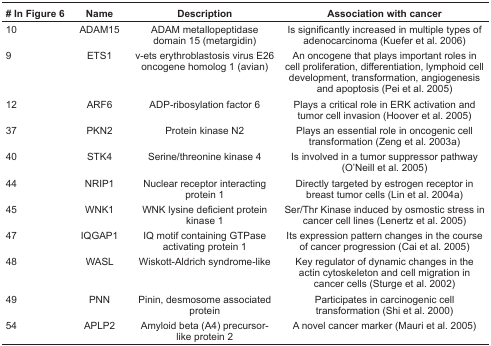
<table><thead><tr><td><b># In Figure 6</b></td><td><b>Name</b></td><td><b>Description</b></td><td><b>Association with cancer</b></td></tr></thead><tbody><tr><td>10</td><td>ADAM15</td><td>ADAM metallopeptidase domain 15 (metargidin)</td><td>Is significantly increased in multiple types of adenocarcinoma (Kuefer et al. 2006)</td></tr><tr><td>9</td><td>ETS1</td><td>v-ets erythroblastosis virus E26 oncogene homolog 1 (avian)</td><td>An oncogene that plays important roles in cell proliferation, differentiation, lymphoid cell development, transformation, angiogenesis and apoptosis (Pei et al. 2005)</td></tr><tr><td>12</td><td>ARF6</td><td>ADP-ribosylation factor 6</td><td>Plays a critical role in ERK activation and tumor cell invasion (Hoover et al. 2005)</td></tr><tr><td>37</td><td>PKN2</td><td>Protein kinase N2</td><td>Plays an essential role in oncogenic cell transformation (Zeng et al. 2003a)</td></tr><tr><td>40</td><td>STK4</td><td>Serine/threonine kinase 4</td><td>Is involved in a tumor suppressor pathway (O’Neill et al. 2005)</td></tr><tr><td>44</td><td>NRIP1</td><td>Nuclear receptor interacting protein 1</td><td>Directly targeted by estrogen receptor in breast tumor cells (Lin et al. 2004a)</td></tr><tr><td>45</td><td>WNK1</td><td>WNK lysine deficient protein kinase 1</td><td>Ser/Thr Kinase induced by osmostic stress in cancer cell lines (Lenertz et al. 2005)</td></tr><tr><td>47</td><td>IQGAP1</td><td>IQ motif containing GTPase activating protein 1</td><td>Its expression pattern changes in the course of cancer progression (Cai et al. 2005)</td></tr><tr><td>48</td><td>WASL</td><td>Wiskott-Aldrich syndrome-like</td><td>Key regulator of dynamic changes in the actin cytoskeleton and cell migration in cancer cells (Sturge et al. 2002)</td></tr><tr><td>49</td><td>PNN</td><td>Pinin, desmosome associated protein</td><td>Participates in carcinogenic cell transformation (Shi et al. 2000)</td></tr><tr><td>54</td><td>APLP2</td><td>Amyloid beta (A4) precursor-like protein 2</td><td>A novel cancer marker (Mauri et al. 2005)</td></tr></tbody></table>